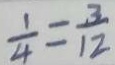
\frac { 1 } { 4 } = \frac { 3 } { 1 2 }